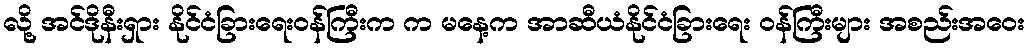
လို့ အင်ဒိုနီးရှား နိုင်ငံခြားရေးဝန်ကြီးက က မနေ့က အာဆီယံနိုင်ငံခြားရေး ဝန်ကြီးများ အစည်းအဝေး